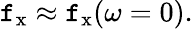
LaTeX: \mathtt{f}_{\mathrm{{x}}}\approx\mathtt{f}_{\mathrm{{x}}}(\omega=0).